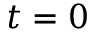
t = 0